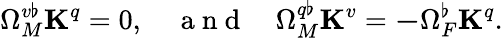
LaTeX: \Omega_{M}^{v\flat}\mathbf{K}^{q}=0,\quad\mathrm{~a~n~d~}\quad\Omega_{M}^{q\flat}\mathbf{K}^{v}=\mathbf{-}\Omega_{F}^{\flat}\mathbf{K}^{q}.